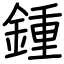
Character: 鍾